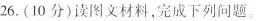
26.(10分)读图文材料，完成下列问题